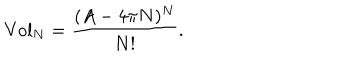
\mathrm { { V o l } } _ { N } = \frac { ( A - 4 \pi N ) ^ { N } } { N ! } .